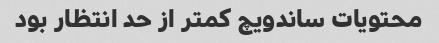
محتویات ساندویچ کمتر از حد انتظار بود